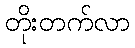
တိုးတက်လာ